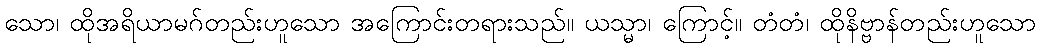
သော၊ ထိုအရိယာမဂ်တည်းဟူသော အကြောင်းတရားသည်။ ယသ္မာ၊ ကြောင့်။ တံတံ၊ ထိုနိဗ္ဗာန်တည်းဟူသော